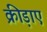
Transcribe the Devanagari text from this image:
क्रीड़ाएं